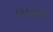
વાહર